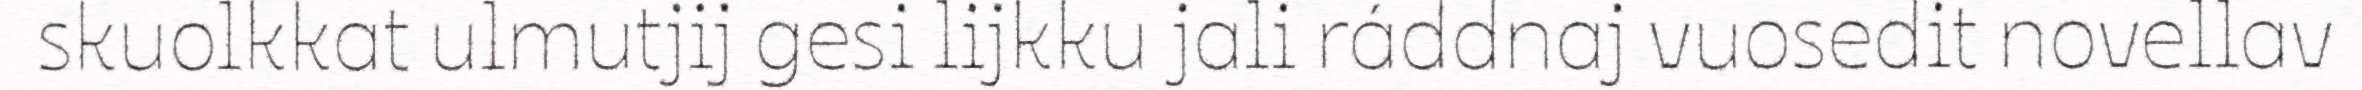
skuolkkat ulmutjij gesi lijkku jali ráddnaj vuosedit novellav